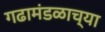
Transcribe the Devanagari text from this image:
गढामंडळाच्या